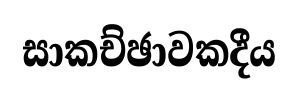
සාකච්ඡාවකදීය